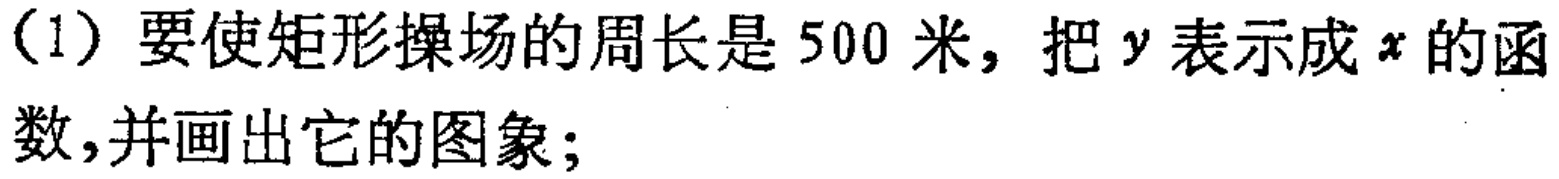
（1）要使矩形操场的周长是500米，把\(y\)表示成\(x\)的函数,并画出它的图象;